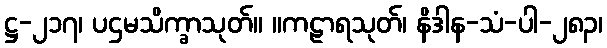
ဋ္ဌ-၂၁၇၊ ပဌမသိက္ခာသုတ်။ ။ကဠာရသုတ်၊ နိဒါန-သံ-ပါ-၂၈၃၊